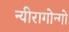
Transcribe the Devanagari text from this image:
न्यीरागोन्गो